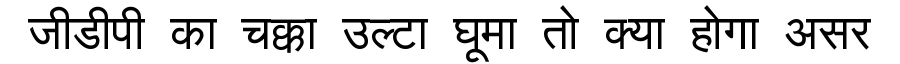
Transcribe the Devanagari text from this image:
जीडीपी का चक्का उल्टा घूमा तो क्या होगा असर